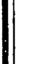
|